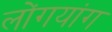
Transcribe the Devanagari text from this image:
लोंगयांग